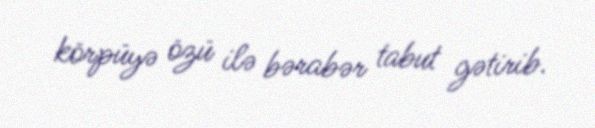
körpüyə özü ilə bərabər tabut gətirib.